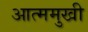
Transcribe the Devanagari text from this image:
आत्ममुखी